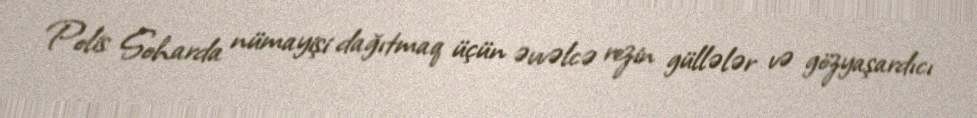
Polis Soharda nümayişi dağıtmaq üçün əvvəlcə rezin güllələr və gözyaşardıcı